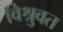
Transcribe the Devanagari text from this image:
विश्रुवत